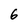
Character: 6